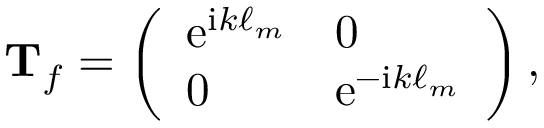
\mathbf { T } _ { f } = \left( \begin{array} { l l } { \mathrm { e } ^ { \mathrm { i } k \ell _ { m } } } & { 0 } \\ { 0 } & { \mathrm { e } ^ { - \mathrm { i } k \ell _ { m } } } \end{array} \right) ,